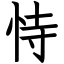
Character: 恃